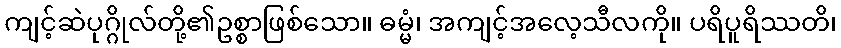
ကျင့်ဆဲပုဂ္ဂိုလ်တို့၏ဥစ္စာဖြစ်သော။ ဓမ္မံ၊ အကျင့်အလေ့သီလကို။ ပရိပူရိဿတိ၊